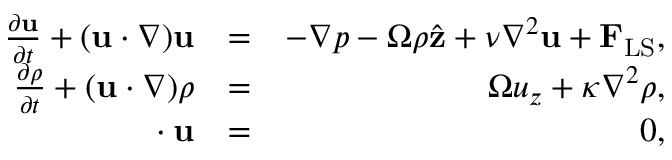
\begin{array} { r l r } { \frac { \partial { \mathbf { u } } } { \partial { t } } + ( \mathbf { u } \cdot \nabla ) \mathbf { u } } & { = } & { - \nabla p - \Omega \rho \hat { \bf z } + \nu \nabla ^ { 2 } \mathbf { u } + { \bf F } _ { \mathrm { L S } } , } \\ { \frac { \partial { \rho } } { \partial { t } } + ( \mathbf { u } \cdot \nabla ) \rho } & { = } & { \Omega u _ { z } + \kappa \nabla ^ { 2 } \rho , } \\ { { \bf \nabla \cdot u } } & { = } & { 0 , } \end{array}